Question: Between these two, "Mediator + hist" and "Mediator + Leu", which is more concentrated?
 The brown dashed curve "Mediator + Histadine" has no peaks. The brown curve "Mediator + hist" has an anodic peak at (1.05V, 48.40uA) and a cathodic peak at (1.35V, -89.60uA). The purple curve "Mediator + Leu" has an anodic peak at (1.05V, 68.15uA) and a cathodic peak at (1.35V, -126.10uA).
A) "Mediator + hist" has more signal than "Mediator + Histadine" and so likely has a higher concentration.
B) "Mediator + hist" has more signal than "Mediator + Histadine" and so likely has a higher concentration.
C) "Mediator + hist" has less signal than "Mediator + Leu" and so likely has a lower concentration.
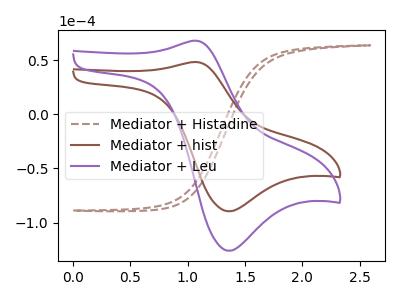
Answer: <think>All the peaks in "Mediator + hist" have a peak in "Mediator + Leu" at the same potential. Every peak in "Mediator + hist" is lower than every peak in "Mediator + Leu".
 </think>
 <answer>C) "Mediator + hist" has less signal than "Mediator + Leu" and so likely has a lower concentration.</answer>
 <eval>C</eval>